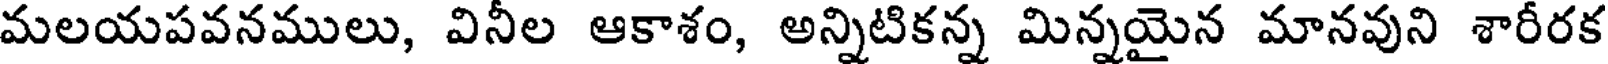
మలయపవనములు, వినీల ఆకాశం, అన్నిటికన్న మిన్నయైన మానవుని శారీరక